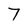
Character: 7